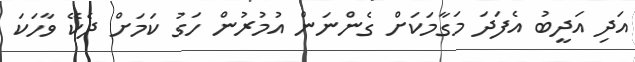
އަދި އަދީބު އެފަދަ މަގާމަކަށް ގެންނަން އުމުރުން ހަގު ކަމަށް ދެކޭ ވާހަކަ